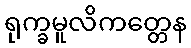
ရုက္ခမူလိကတ္တေန